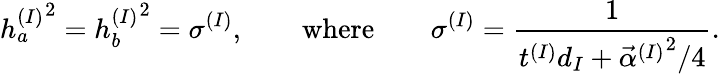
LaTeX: \left.h_{a}^{(I)}\right.^{2}=\left.h_{b}^{(I)}\right.^{2}=\sigma^{(I)},\qquad\mathrm{where}\qquad\sigma^{(I)}=\frac{1}{t^{(I)}d_{I}+\left.\vec{\alpha}^{(I)}\right.^{2}/4}.